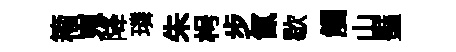
籕嵬降璘朱枵步氤歇觸山豔